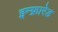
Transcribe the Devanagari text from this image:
इन्‍फ्रारेड